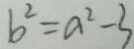
b ^ { 2 } = a ^ { 2 } - 3